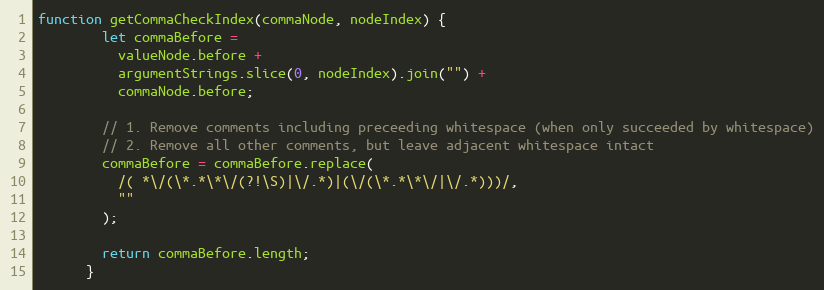
Language: JavaScript
function getCommaCheckIndex(commaNode, nodeIndex) {
        let commaBefore =
          valueNode.before +
          argumentStrings.slice(0, nodeIndex).join("") +
          commaNode.before;

        // 1. Remove comments including preceeding whitespace (when only succeeded by whitespace)
        // 2. Remove all other comments, but leave adjacent whitespace intact
        commaBefore = commaBefore.replace(
          /( *\/(\*.*\*\/(?!\S)|\/.*)|(\/(\*.*\*\/|\/.*)))/,
          ""
        );

        return commaBefore.length;
      }